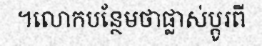
។លោកបន្ថែមថាផ្លាស់ប្តូរពី